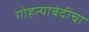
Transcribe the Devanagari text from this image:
गोहत्याबंदीचा